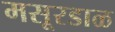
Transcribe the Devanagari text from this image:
मसूरडाळ